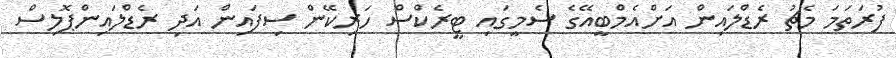
ފުރަތަމަ މެޗު ރެޑްލައިން އަށްއެމްބީއޭގެ ސެމީގައި ޓީރެކްސް ހަރިކޭން ސިފައިން އަދި ރެޑްލައިންޕޮލިސް